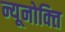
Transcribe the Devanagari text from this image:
न्यूनोक्‍ति